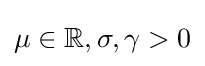
\mu \in \mathbb {R} ,\sigma ,\gamma >0